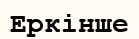
Еркінше